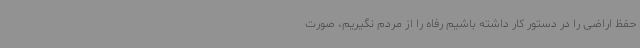
حفظ اراضی را در دستور کار داشته باشیم رفاه را از مردم نگیریم، صورت